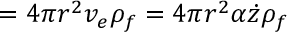
= 4 \pi r ^ { 2 } v _ { e } \rho _ { f } = 4 \pi r ^ { 2 } \alpha \dot { z } \rho _ { f }